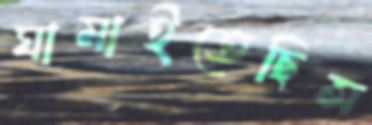
ঘামাইতেছিস